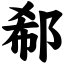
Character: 郗